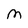
Character: M